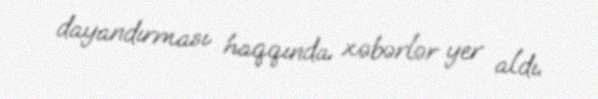
dayandırması haqqında xəbərlər yer aldı.